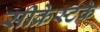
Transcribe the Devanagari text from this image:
सीक्रेस्टके